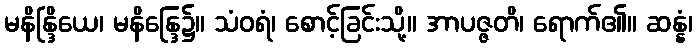
မနိန္ဒြိယေ၊ မနိန္ဒြေ၌။ သံဝရံ၊ စောင့်ခြင်းသို့။ အာပဇ္ဇတိ၊ ရောက်၏။ ဆန္နံ၊